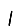
Digit: 1